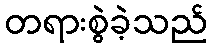
တရားစွဲခဲ့သည်